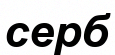
серб